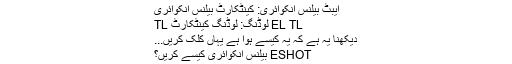
ایبٹ بیلنس انکوائری: کینٹکارٹ بیلنس انکوائری
EL TL لوڈنگ: لوڈنگ کینٹکارٹ TL
دیکھنا یہ ہے کہ یہ کیسے ہوا ہے یہاں کلک کریں...
ESHOT بیلنس انکوائری کیسے کریں؟